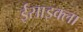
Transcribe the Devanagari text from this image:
ईसाइक्ला